Calcutta medical institutions reports 1892-1900
Year: 1892
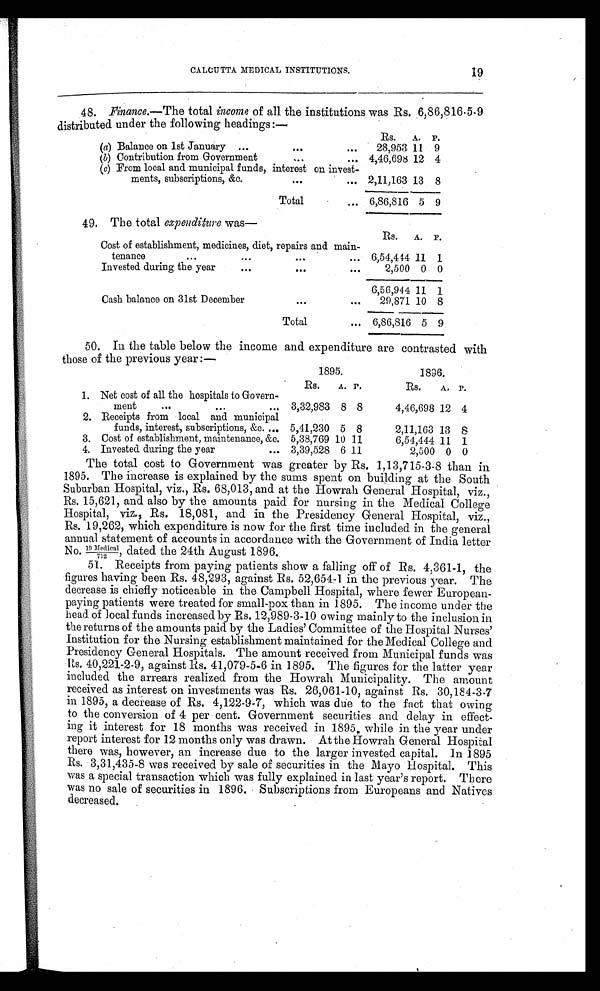
19
CALCUTTA MEDICAL INSTITUTIONS.
48. Finance.—The total income of all the institutions was Rs. 6,86,816.5.9
distributed under the following headings:—
R s . A. P.
(a) Balance on 1st January
28,953 11 9
(b) Contribution from Government
4,46,698 12 4
(c) From local and municipal funds, interest on invest
-ments, subscriptions, &c.
2,11,163 13 8
Total
6,86,816 5 9
49. The total expenditure was
—
Cost of establishment, medicines, diet, repairs and main-
R s . A. P.
tenance
6,54,444 11 1
Invested during the year
2,500
0
0
6,56,944 11 1
Cash balance on 31st December
29,871 10 8
Total
6,86,816
5
9
50. In the table below the income and expenditure are contrasted wit
h those of the previous year:—
1895.
1896.
Rs.
A. P.
Rs.
A. P.
1. Net cost of all the hospitals to Govern- m e n t
ment
3,32,983 8 8
4,46,698 12 4
2. Receipts from local and municipal
funds, interest, subscriptions, &c.
5,41,230 5 8
2,11,163 13 8
3. Cost of establishment, maintenance, &c. 5,38,769 10 11
6,54,444 11 1
4. Invested during the year
3,39,528 6 11
2,500 0 0
The total cost to Government was greater by Rs. 1,13,715-3-8 than in
1895. The increase is explained by the sums spent on building at the South
Suburban Hospital, viz., Rs. 68,013, and at the Howrah General Hospital, viz.,
Rs. 15,621, and also by the amounts paid for nursing in the Medical College
Hospital, viz., Rs. 18,081, and in the Presidency General Hospital, viz.,
Rs. 19,262, which expenditure is now for the first time included in the general
annual statement of accounts in accordance with the Government of India letter
No. 19 Medical/712, dated the 24th August 1896.
51. Receipts from paying patients show a falling off of Rs. 4,361-1, the
figures having been Rs. 48,293, against Rs. 52,654-1 in the previous year. The
decrease is chiefly noticeable in the Campbell Hospital, where fewer European-
paying patients were treated for small-pox than in 1895. The income under the
head of local funds increased by Rs. 12,989-3-10 owing mainly to the inclusion in
the returns of the amounts paid by the Ladies' Committee of the Hospital Nurses'
Institution for the Nursing establishment maintained for the Medical College and
Presidency General Hospitals. The amount received from Municipal funds was
Rs. 40,221-2-9, against Rs. 41,079-5-6 in 1895. The figures for the latter year
included the arrears realized from the Howrah Municipality. The amount
received as interest on investments was Rs. 26,061-10, against Rs. 30,184-3-7
in 1895, a decrease of Rs. 4,122-9-7, which was due to the fact that owing
to the conversion of 4 per cent. Government securities and delay in effect
- i n g i t i n t e r e s t f o r 1 8 m o n t h s w a s r e c e i v e d i n 1 8 9 5 , w h i l e i n t h e y e a r u n d e r
report interest for 12 months only was drawn. At the Howrah General Hospital
there was, however, an increase due to the larger invested capital. In 1895
R s . 3 , 3 1 , 4 3 5 - 8 w a s r e c e i v e d b y s a l e o f s e c u r i t i e s i n t h e M a y o H o s p i t a l . T h i s
was a special transaction which was fully explained in last year's report. There
was no sale of securities in 1896. Subscriptions from Europeans and Natives
decreased.